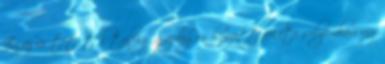
Ez az úr tetőtől talpig gazdagon hímzett fekete selyembársony